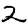
Digit: 2